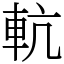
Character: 䡉